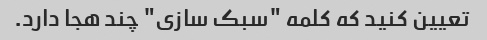
تعیین کنید که کلمه "سبک سازی" چند هجا دارد.